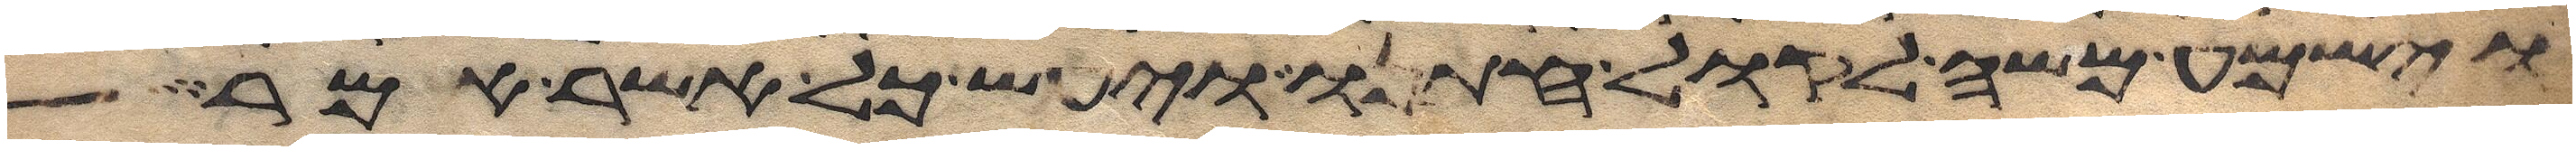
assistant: וישמע משה לקול חתנו ויעש כל אשר אמר